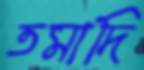
তমাদি